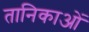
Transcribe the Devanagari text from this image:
तानिकाओं